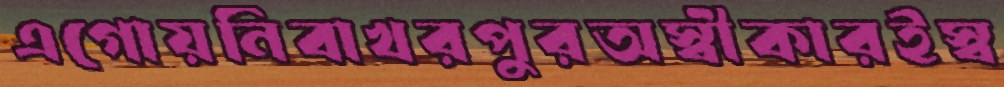
এগোয়নিবাখরপুরঅস্বীকারইস্ব